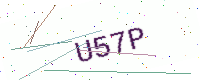
Text: U57P